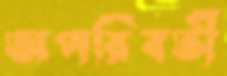
অপরিবর্তী